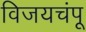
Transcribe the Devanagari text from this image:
विजयचंपू